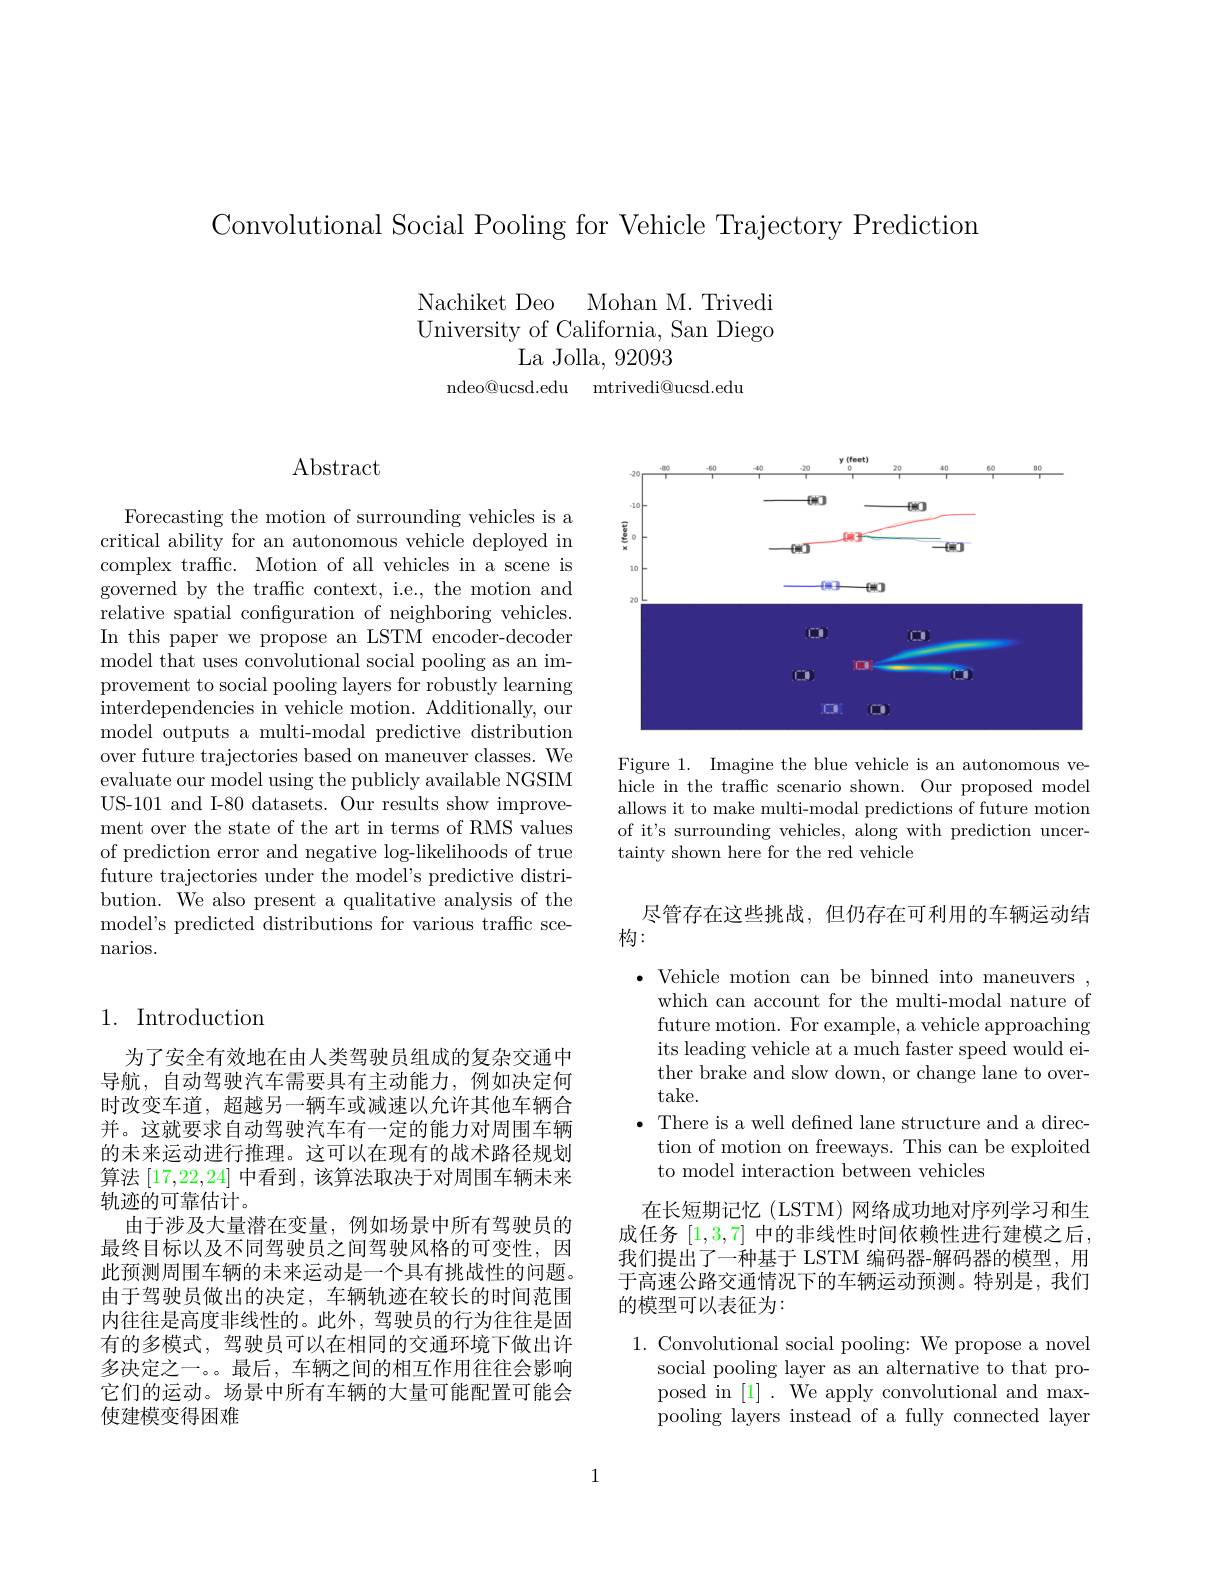
Convolutional Social Pooling for Vehicle Trajectory Prediction

Nachiket Deo Mohan M. Trivedi

University of California, San Diego

La Jolla, 92093

ndeo@ucsd.edu mtrivedi@ucsd.edu

$\operatorname{Abstract}$

Forecasting the motion of surrounding vehicles is a critical ability for an autonomous vehicle deployed in complex traffic. Motion of all vehicles in a scene is $\dot{\text{governed by the traffic context, i.e., the motion and}}$ relative spatial configuration of neighboring vehicles. In this paper we propose an LSTM encoder-decoder model that uses convolutional social pooling as an improvement to social pooling layers for robustly learning interdependencies in vehicle motion. Additionally, our model outputs a multi-modal predictive distribution over future trajectories based on maneuver classes. We evaluate our model using the publicly available NGSIM US-101 and I-80 datasets. Our results show improvement over the state of the art in terms of RMS values of prediction error and negative log-likelihoods of true future trajectories under the model's predictive distribution. We also present a qualitative analysis of the model's predicted distributions for various traffc scenarios.

## 1. Introduction

为了安全有效地在由人类驾驶员组成的复杂交通中导航，自动驾驶汽车需要具有主动能力，例如决定何时改变车道，超越另一辆车或减速以允许其他车辆合并。这就要求自动驾驶汽车有一定的能力对周围车辆的未来运动进行推理。这可以在现有的战术路径规划算法[17,22,24]中看到，该算法取决于对周围车辆未来轨迹的可靠估计。
由于涉及大量潜在变量，例如场景中所有驾驶员的最终目标以及不同驾驶员之间驾驶风格的可变性，因此预测周围车辆的未来运动是一个具有挑战性的问题。由于驾驶员做出的决定，车辆轨迹在较长的时间范围内往往是高度非线性的。此外，驾驶员的行为往往是固有的多模式，驾驶员可以在相同的交通环境下做出许多决定之一。。最后，车辆之间的相互作用往往会影响它们的运动。场景中所有车辆的大量可能配置可能会使建模变得困难

<FigureHere>

Figure 1. Imagine the blue vehicle is an autonomous vehicle in the traffic scenario shown. Our proposed model allows it to make multi-modal predictions of future motion of it's surrounding vehicles, along with prediction uncertainty shown here for the red vehicle

尽管存在这些挑战，但仍存在可利用的车辆运动结
## 构：

$\cdot$ Vehicle motion can be binned into maneuvers ,
which can account for the multi-modal nature of future motion. For example, a vehicle approaching its leading vehicle at a much faster speed would either brake and slow down, or change lane to overtake.
$\bullet$ There is a well defned lane structure and a direc-
tion of motion on freeways. This can be exploited
to model interaction between vehicles

在长短期记忆(LSTM)网络成功地对序列学习和生成任务[1,3,7]中的非线性时间依赖性进行建模之后， 我们提出了一种基于 LSTM 编码器-解码器的模型，用于高速公路交通情况下的车辆运动预测。特别是，我们的模型可以表征为：

1. Convolutional social pooling: We propose a novel
social pooling layer as an alternative to that proposed in [1]. We apply convolutional and maxpooling layers instead of a fully connected layer

1